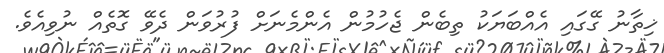
ޚިތާނު ގޭގައި އެއްބަޔަކު ތިބެން ޖެހުމުން އެންމެނަށް ފުރުވަން ދެވޭ ގޮތެއް ނުވިއެވެ.